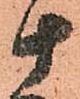
十